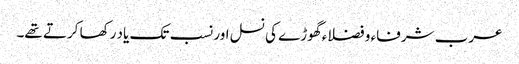
عرب شرفاء و فضلاء گھوڑے کی نسل اور نسب تک یاد رکھا کرتے تھے۔